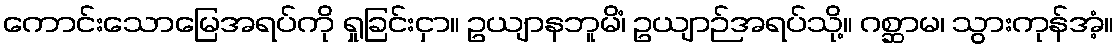
ကောင်းသောမြေအရပ်ကို ရှုခြင်းငှာ။ ဥယျာနဘူမိံ၊ ဥယျာဉ်အရပ်သို့။ ဂစ္ဆာမ၊ သွားကုန်အံ့။